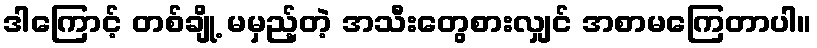
ဒါကြောင့် တစ်ချို့ မမှည့်တဲ့ အသီးတွေစားလျှင် အစာမကြေတာပါ။